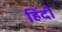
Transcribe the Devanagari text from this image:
हिंंदी